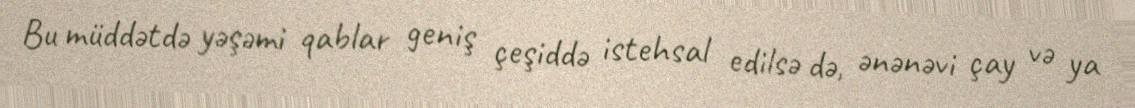
Bu müddətdə yəşəmi qablar geniş çeşiddə istehsal edilsə də, ənənəvi çay və ya